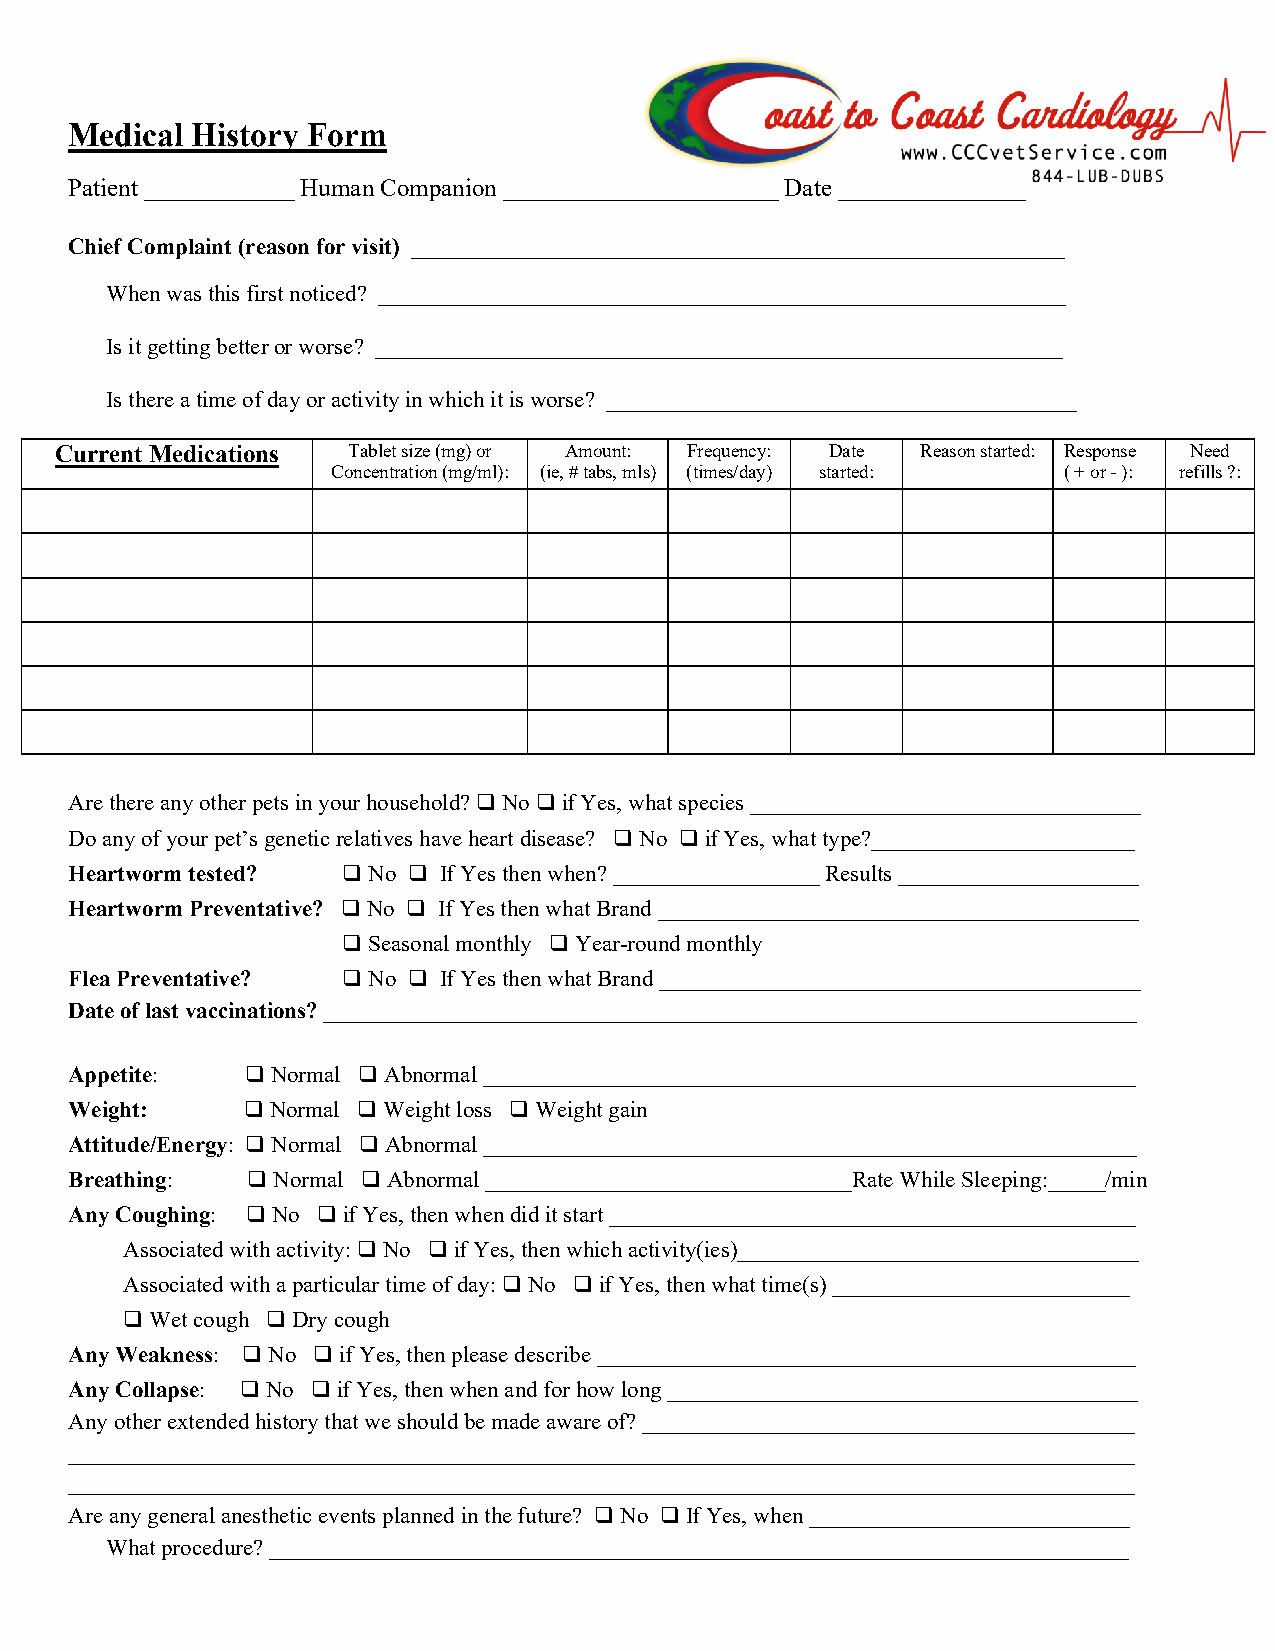
Medical History Form
 Patient ____________ Human Companion ______________________ Date _______________
 Chief Complaint (reason for visit) _________________________________________________________
 When was this first noticed? ____________________________________________________________
 Is it getting better or worse? ____________________________________________________________
 Is there a time of day or activity in which it is worse? _________________________________________
 Current Medications Tablet size (mg) or Amount: Frequency: Date Reason started: Response Need
 Concentration (mg/ml): (ie, # tabs, mls) (times/day) started: ( + or - ): refills ?:
 Are there any other pets in your household? ❑ No ❑ if Yes, what species __________________________________
 Do any of your pet’s genetic relatives have heart disease? ❑ No ❑ if Yes, what type?_______________________
 Heartworm tested? ❑ No ❑ If Yes then when? __________________ Results _____________________
 Heartworm Preventative? ❑ No ❑ If Yes then what Brand __________________________________________
 ❑ Seasonal monthly ❑ Year-round monthly
 Flea Preventative? ❑ No ❑ If Yes then what Brand __________________________________________
 Date of last vaccinations? _______________________________________________________________________
 Appetite:  ❑ Normal ❑ Abnormal _________________________________________________________
 Weight:    ❑ Normal ❑ Weight loss ❑ Weight gain
 Attitude/Energy: ❑ Normal ❑ Abnormal _________________________________________________________
 Breathing: ❑ Normal ❑ Abnormal ________________________________Rate While Sleeping:_____/min
 Any Coughing: ❑ No ❑ if Yes, then when did it start ______________________________________________
 Associated with activity: ❑ No ❑ if Yes, then which activity(ies)___________________________________
 Associated with a particular time of day: ❑ No ❑ if Yes, then what time(s) __________________________
 ❑ Wet cough ❑ Dry cough
 Any Weakness: ❑ No ❑ if Yes, then please describe _______________________________________________
 Any Collapse: ❑ No ❑ if Yes, then when and for how long _________________________________________
 Any other extended history that we should be made aware of? ___________________________________________
 _____________________________________________________________________________________________
 _____________________________________________________________________________________________
 Are any general anesthetic events planned in the future? ❑ No ❑ If Yes, when ____________________________
 What procedure? ___________________________________________________________________________